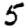
Digit: 5